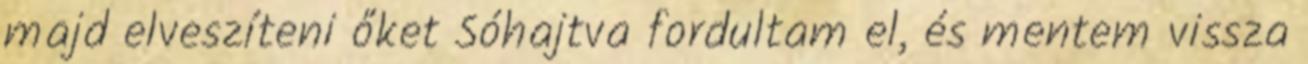
majd elveszíteni őket Sóhajtva fordultam el, és mentem vissza